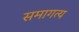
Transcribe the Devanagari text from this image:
समागत्य